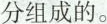
分组成的。